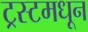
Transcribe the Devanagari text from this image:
ट्रस्टमधून